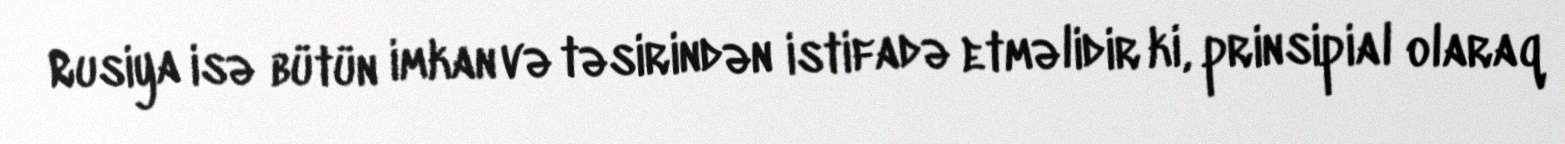
Rusiya isə bütün imkan və təsirindən istifadə etməlidir ki, prinsipial olaraq